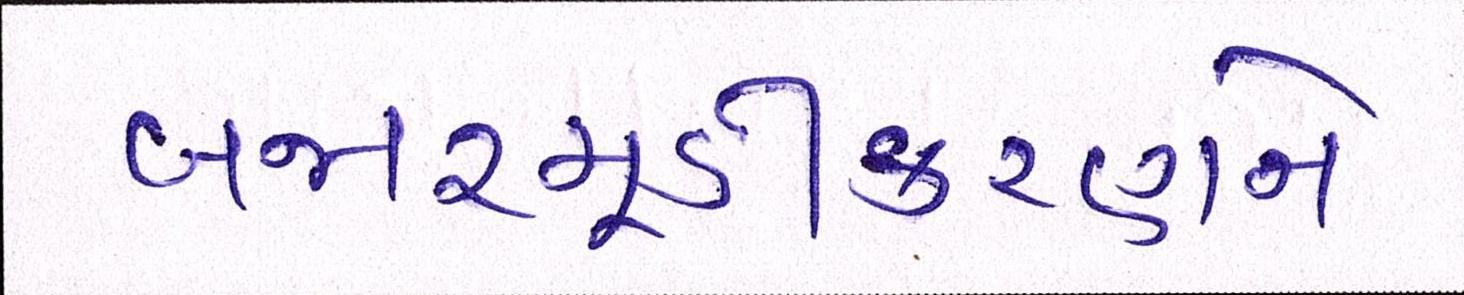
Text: બજારમૂડીકરણને